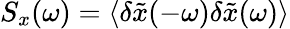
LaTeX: S_{x}(\omega)=\langle\delta\tilde{x}(-\omega)\delta\tilde{x}(\omega)\rangle